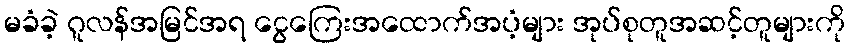
မခံခဲ့ ဂူလန်အမြင်အရ ငွေကြေးအထောက်အပံ့များ အုပ်စုတူအဆင့်တူများကို